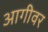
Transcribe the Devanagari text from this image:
आगीवर